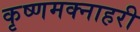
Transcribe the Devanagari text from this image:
कृष्णमक्नाहरी